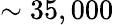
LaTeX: \sim 35,000